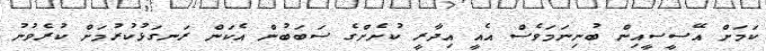
ކަމަށް އޭސީސީއިން ބުނިނަމަވެސް އެއީ އިދާރީ ކުށެށްގެ ސަބަބުން އެކަން ރަނގަޅުކުރުމަށް ކުރެވުނު